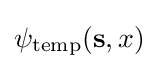
\psi _{\mathrm {temp} }({\bf {s}},x)